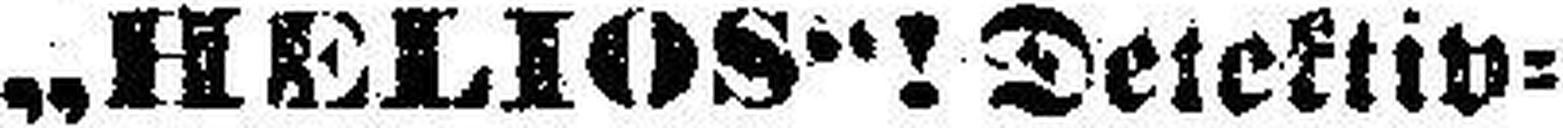
„HELIOS“! Detektiv=